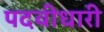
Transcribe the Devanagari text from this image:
पदवीधारी